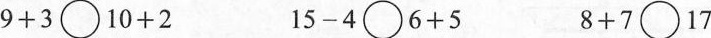
$$9 + 3 \circ 1 0 + 2$$ $$1 5 - 4 \circ 6 + 5$$ $$8 + 7 \circ 1 7$$